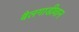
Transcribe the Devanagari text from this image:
बैलगाडीवान